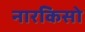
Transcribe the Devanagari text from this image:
नारकिसो